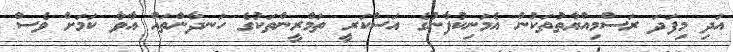
އަދި މިފަދަ ރަސްމިއްޔާތުތަކުން އެމަނިކުފާނުގެ އަސްކަރީ ތަމްރީންތަކުގެ ހަނދާންތައް އާވާ ކަމަށް ވެސް